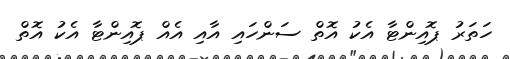
ހަތަރު ޕޮއިންޓާ އެކު އޮތް ސަންހައި އާއި އެއް ޕޮއިންޓާ އެކު އޮތް